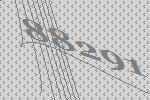
88291